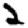
Digit: 2